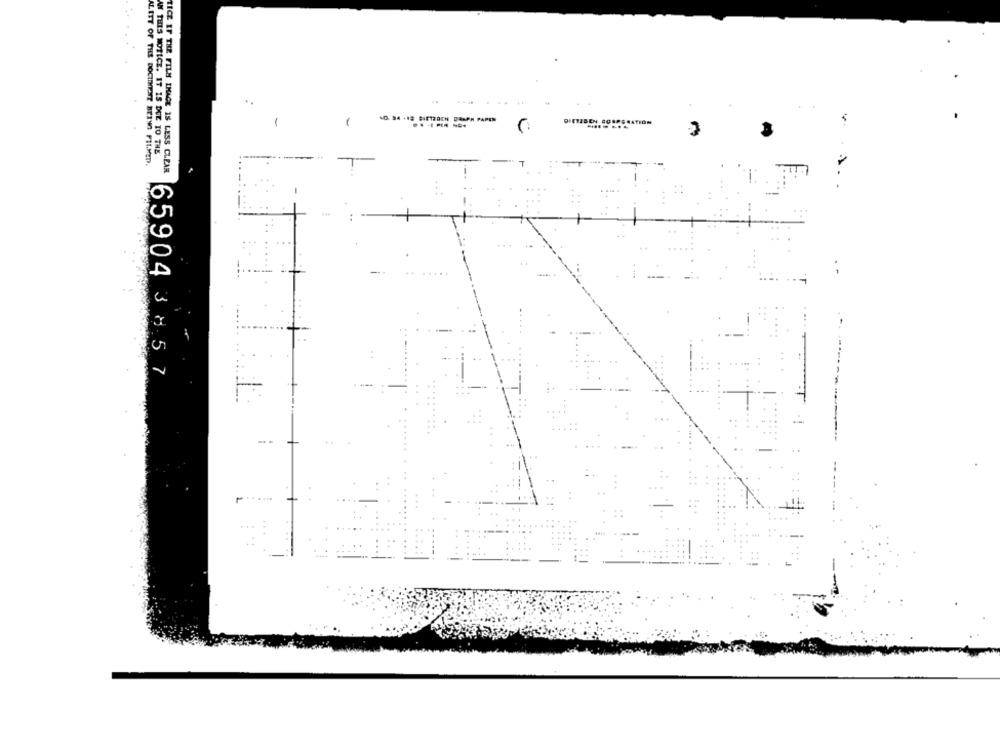
10. 94 +18 SIE12OCH DAAPH PAP
1
-
DIETEBEN FOR
PORATION
AN THIS NOTICE. IT IS DUE TO THE
ALITT OF THE DOCUMENT BEING FILMED.
TECE IF THE FILM IHACE IS LESS CLEAR
...
-
65904 3 857